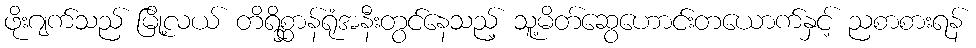
ဖိုးဂျက်သည် မြို့လယ် တိရိစ္ဆာန်ရုံအနီးတွင်နေသည့် သူ့မိတ်ဆွေဟောင်းတယောက်နှင့် ညစာစားရန်